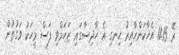
ރޭ 11:15 އެހާކަންހާއިރު ހިނގި އެ ހާދިސާގައި ޒަހަމްވި ފަސް މީހަކު ވަގުތުން